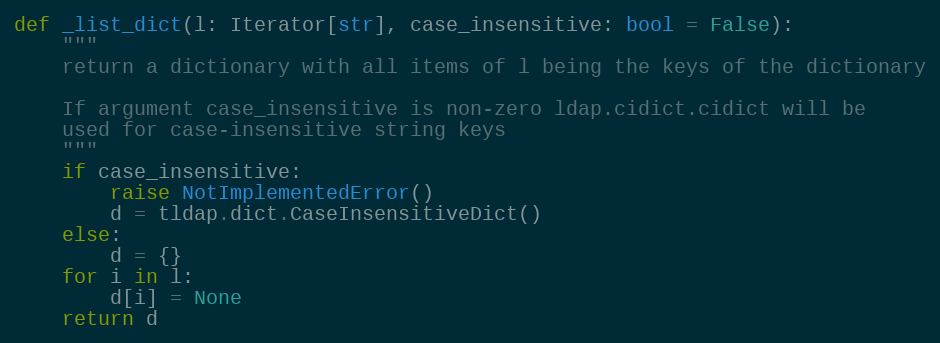
Language: Python
def _list_dict(l: Iterator[str], case_insensitive: bool = False):
    """
    return a dictionary with all items of l being the keys of the dictionary

    If argument case_insensitive is non-zero ldap.cidict.cidict will be
    used for case-insensitive string keys
    """
    if case_insensitive:
        raise NotImplementedError()
        d = tldap.dict.CaseInsensitiveDict()
    else:
        d = {}
    for i in l:
        d[i] = None
    return d